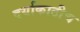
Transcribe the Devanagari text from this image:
दर्याकाठीच